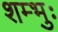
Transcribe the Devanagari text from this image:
शम्भुः